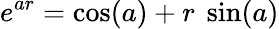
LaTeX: e^{ar}=\cos(a)+r\ \sin(a)